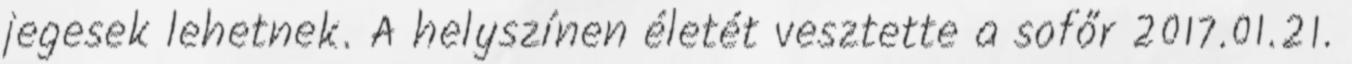
jegesek lehetnek. A helyszínen életét vesztette a sofőr 2017.01.21.